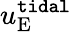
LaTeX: u_{\mathrm{E}}^{\tt tidal}